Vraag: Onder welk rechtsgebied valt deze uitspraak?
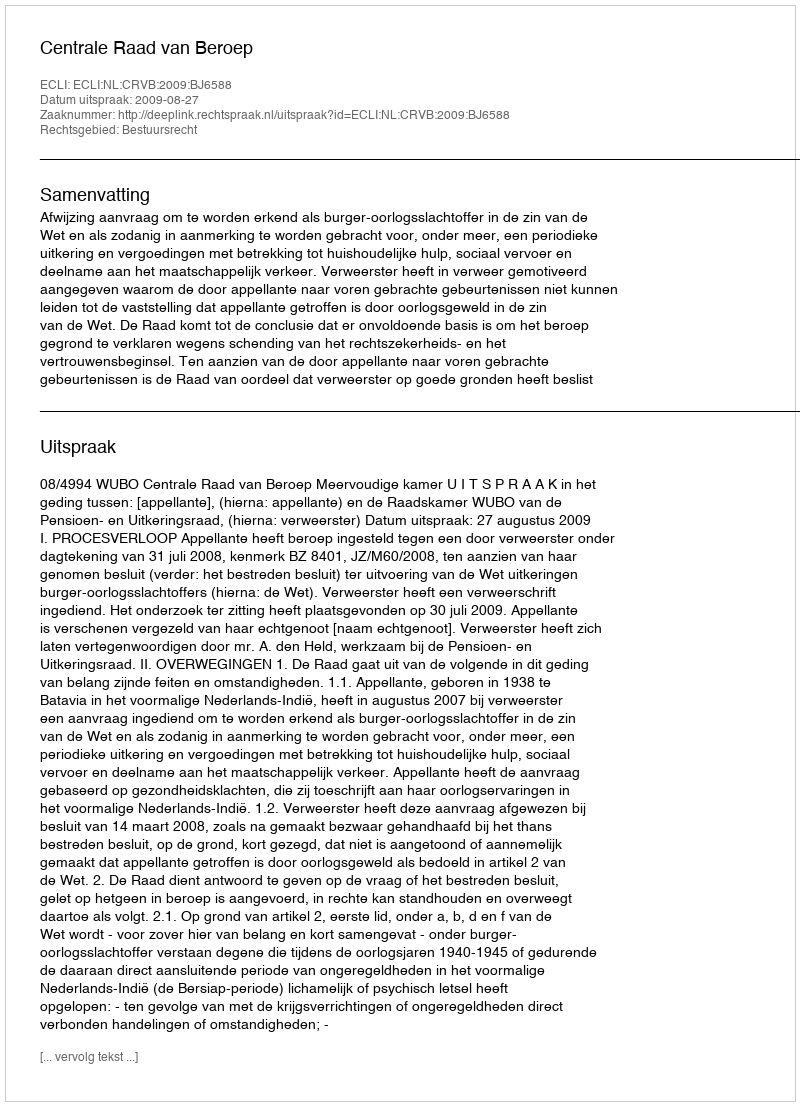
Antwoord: Bestuursrecht